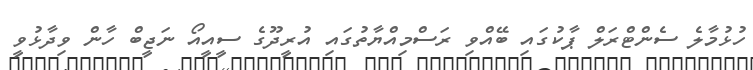
ހުޅުމާލެ ސެންޓްރަލް ޕާކުގައި ބޭއްވި ރަސްމިއްޔާތުގައި އުރީދޫގެ ސީއީއޯ ނަޖީބް ހާން ވިދާޅުވީ